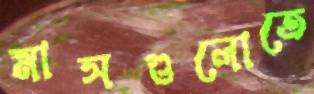
মাসগুলোতে